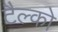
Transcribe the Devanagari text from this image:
टैल्को